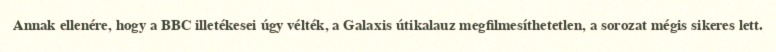
Annak ellenére, hogy a BBC illetékesei úgy vélték, a Galaxis útikalauz megfilmesíthetetlen, a sorozat mégis sikeres lett.